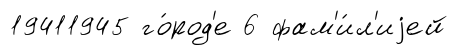
19411945 го́род'е 6 фам'и́л'иjей